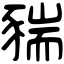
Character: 䝎